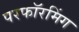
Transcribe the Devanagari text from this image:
परफॉरमिंग